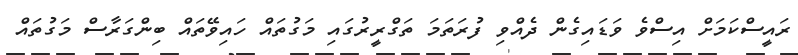
ރައީސްކަމަށް އިސްވެ ވަޑައިގެން ދެއްވި ފުރަތަމަ ތަގްރީރުގައި މަގުތައް ހައިވޭތައް ބިންގަރާސް މަގުތައް